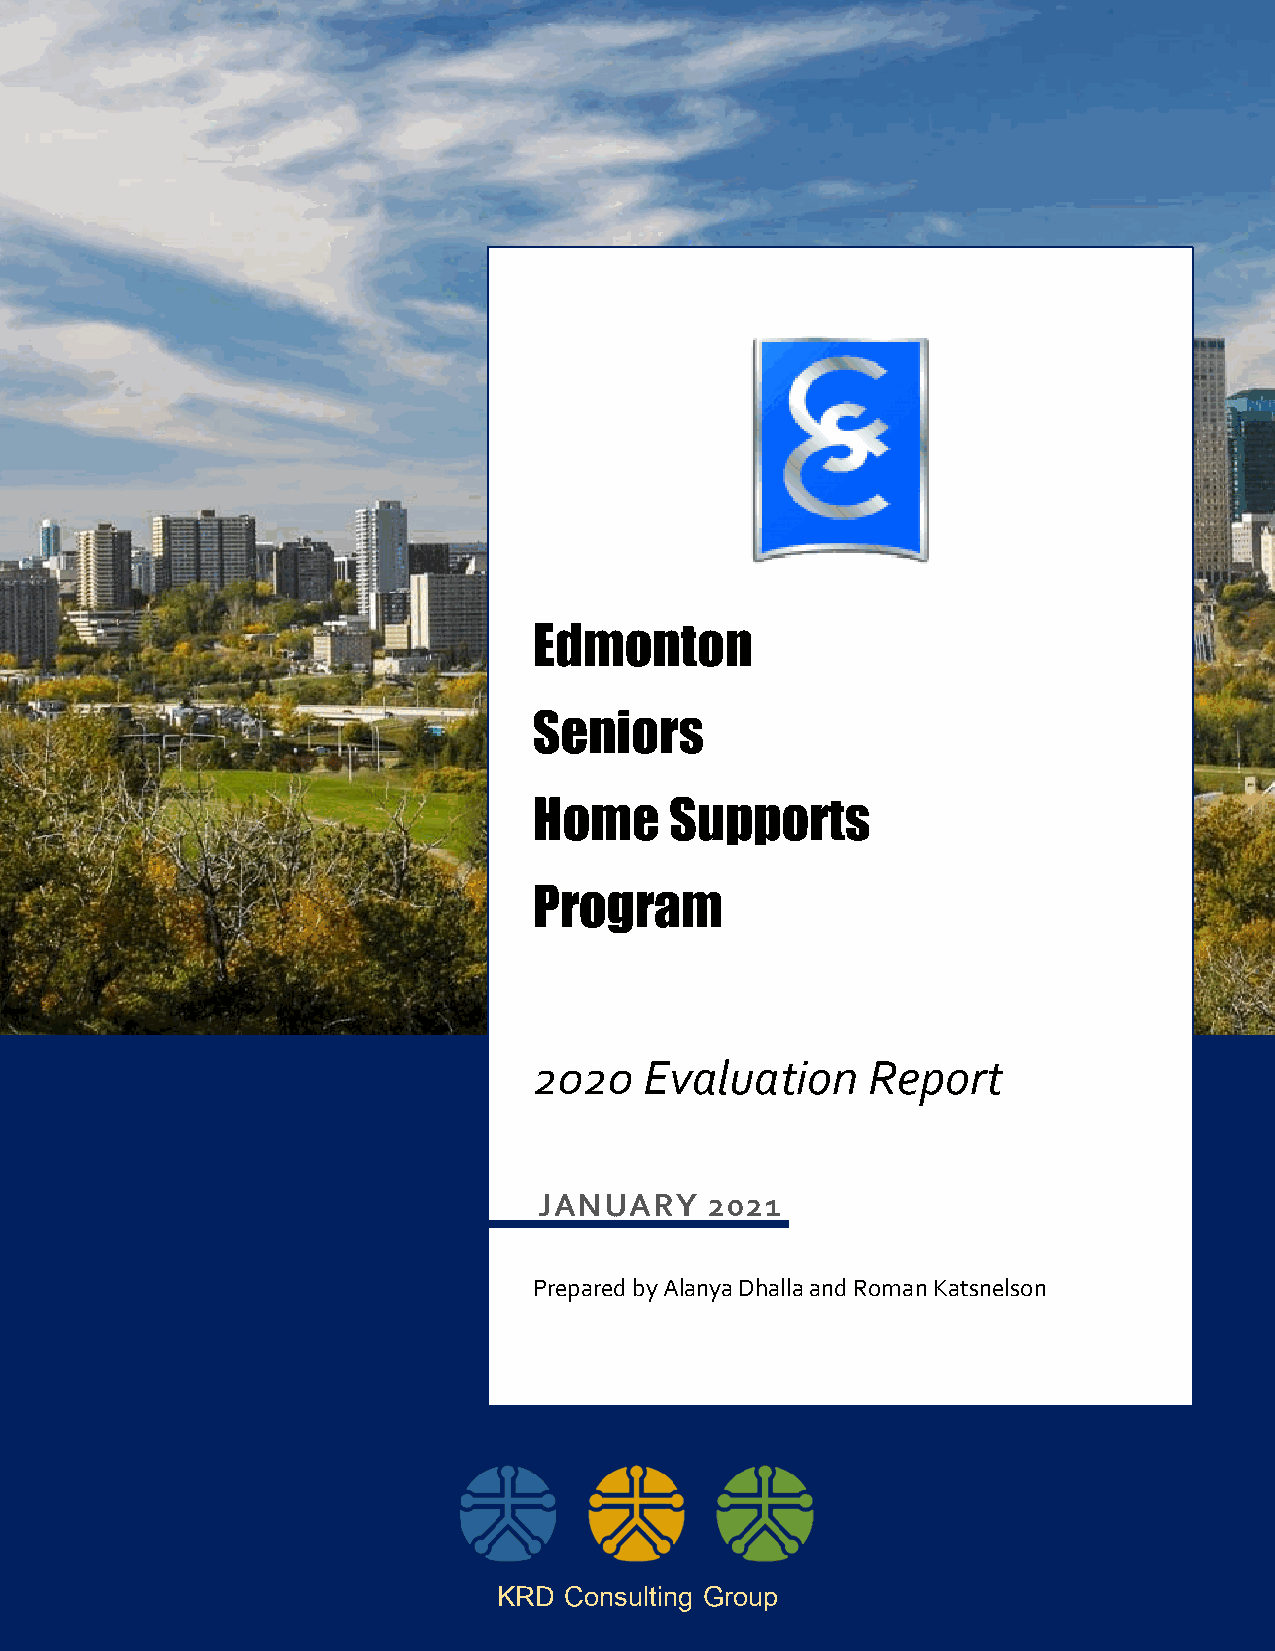
Edmonton
 Seniors
 Home     Supports
 Program
 2020    Evaluation     Report
 JANUARY    2021
 Prepared by Alanya Dhalla and Roman Katsnelson
 KRD Consulting Group